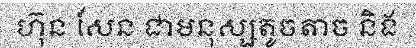
ហ៊ុន សែន ជាមនុស្សតូចតាច និង